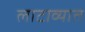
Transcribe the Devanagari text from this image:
लाटाव्यात